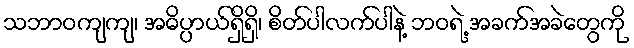
သဘာဝကျကျ၊ အဓိပ္ပာယ်ရှိရှိ၊ စိတ်ပါလက်ပါနဲ့ ဘဝရဲ့ အခက်အခဲတွေကို